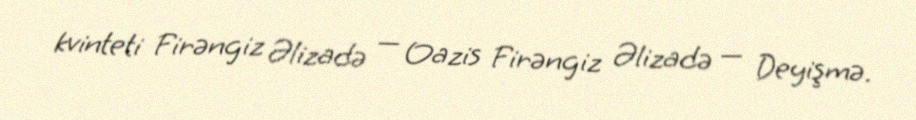
kvinteti Firəngiz Əlizadə — Oazis Firəngiz Əlizadə — Deyişmə.